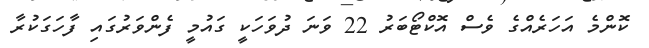
ކޮންމެ އަހަރެއްގެ ވެސް އޮކްޓޯބަރު 22 ވަނަ ދުވަހަކީ ގައުމީ ފެންވަރުގައި ފާހަގަކުރާ